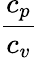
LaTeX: \frac{c_{p}}{c_{v}}